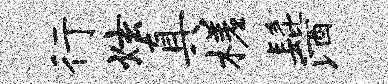
行炫真槎髭酒